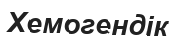
Хемогендік